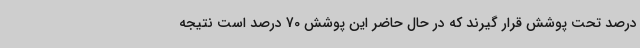
درصد تحت پوشش قرار گیرند که در حال حاضر این پوشش 70 درصد است نتیجه